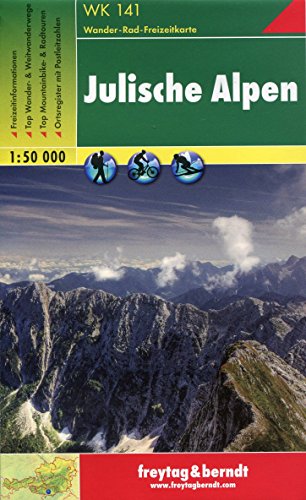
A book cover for Julische Alpen: 1:50K Hiking Map FB WK141 (Slovenia) (Wanderkarte) (English, Italian and German Edition); Freytag-Berndt; Travel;